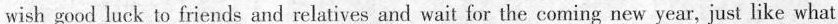
wish good luck to friends and relatives and wait for the coming new year, just like what